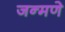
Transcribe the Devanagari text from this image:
जन्मणे